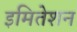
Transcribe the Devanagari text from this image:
इमितेशन